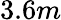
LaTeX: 3.6m